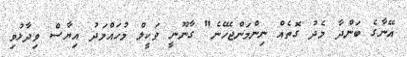
އޭނާގެ ބަންދާ މެދު ގޮތެއް ނިންމަންޖެހޭނެ" ގާނޫނީ ވަކީލް މުހައްމަދު އިޔާސް ވިދާޅުވި